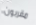
مقربون